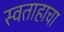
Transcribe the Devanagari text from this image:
स्वताहाचा